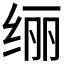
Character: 𫄥